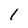
Character: 1